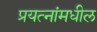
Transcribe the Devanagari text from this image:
प्रयत्‍नांमधील